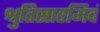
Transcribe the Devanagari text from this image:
श्रुतिसारमिदं